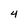
Character: 4